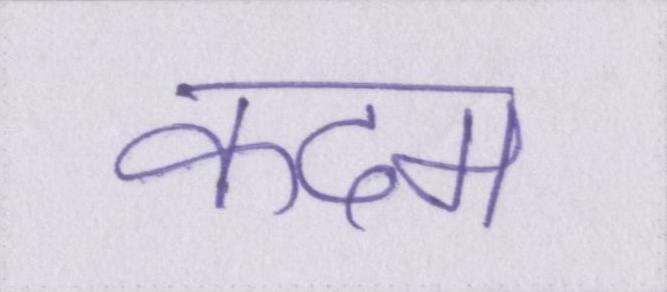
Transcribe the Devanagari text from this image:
कदम